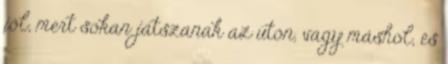
jól, mert sokan játszanak az úton, vagy máshol, és